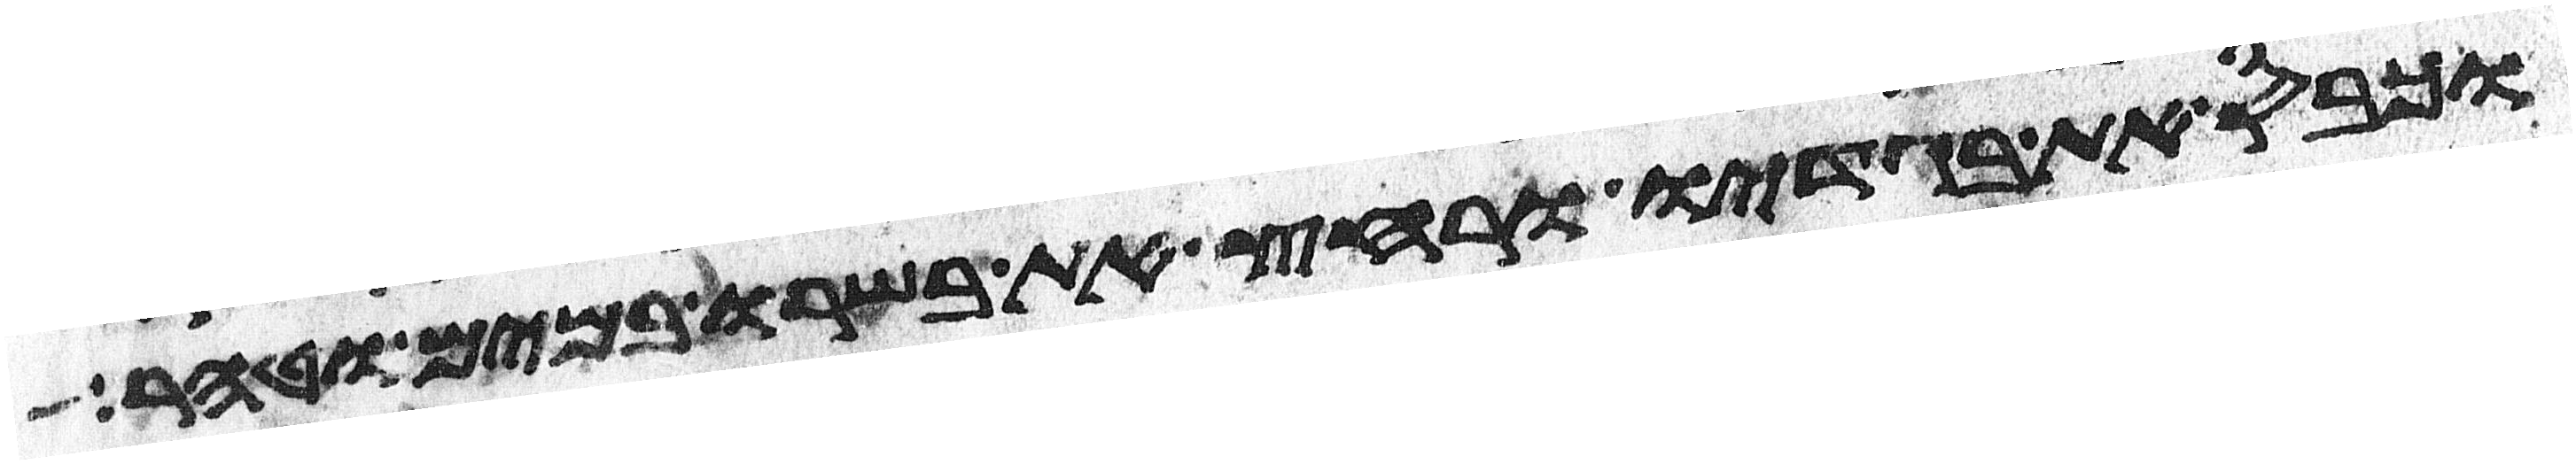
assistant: וכבס את בגדיו ורחץ את בשרו במים וטהר